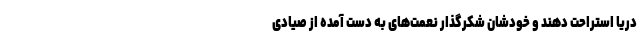
دریا استراحت دهند و خودشان شکرگذار نعمت‌های به دست آمده از صیادی